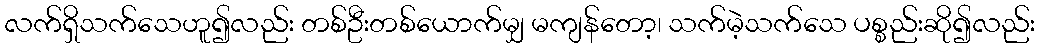
လက်ရှိသက်သေဟူ၍လည်း တစ်ဦးတစ်ယောက်မျှ မကျန်တော့၊ သက်မဲ့သက်သေ ပစ္စည်းဆို၍လည်း